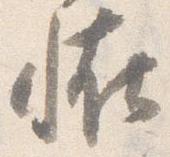
恠